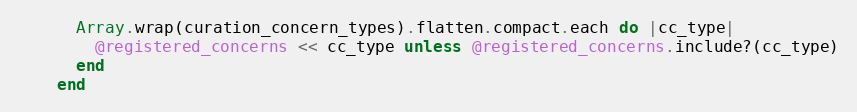
Language: Ruby
      Array.wrap(curation_concern_types).flatten.compact.each do |cc_type|
        @registered_concerns << cc_type unless @registered_concerns.include?(cc_type)
      end
    end